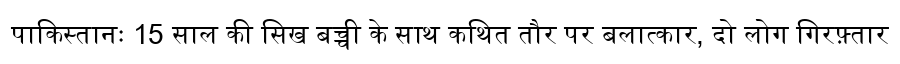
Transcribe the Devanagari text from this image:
पाकिस्तानः 15 साल की सिख बच्ची के साथ कथित तौर पर बलात्कार, दो लोग गिरफ़्तार